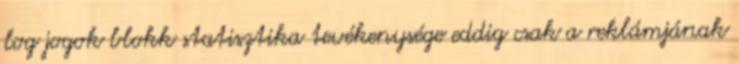
log jogok blokk statisztika tevékenysége eddig csak a reklámjának